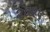
૨૦૨૫